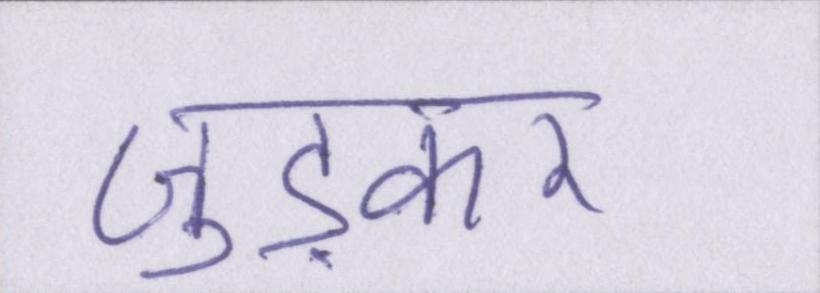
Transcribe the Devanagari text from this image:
जुड़कर